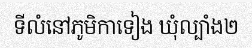
ទីលំនៅភូមិកាទៀង ឃុំល្បាំង២